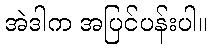
အဲဒါက အပြင်ပန်းပါ။